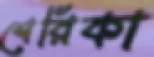
শেরিকা